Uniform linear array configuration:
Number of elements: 16
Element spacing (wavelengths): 0.25
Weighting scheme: uniform
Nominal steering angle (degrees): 0
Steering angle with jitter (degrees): -1.202
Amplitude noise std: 0.05
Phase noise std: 0.05

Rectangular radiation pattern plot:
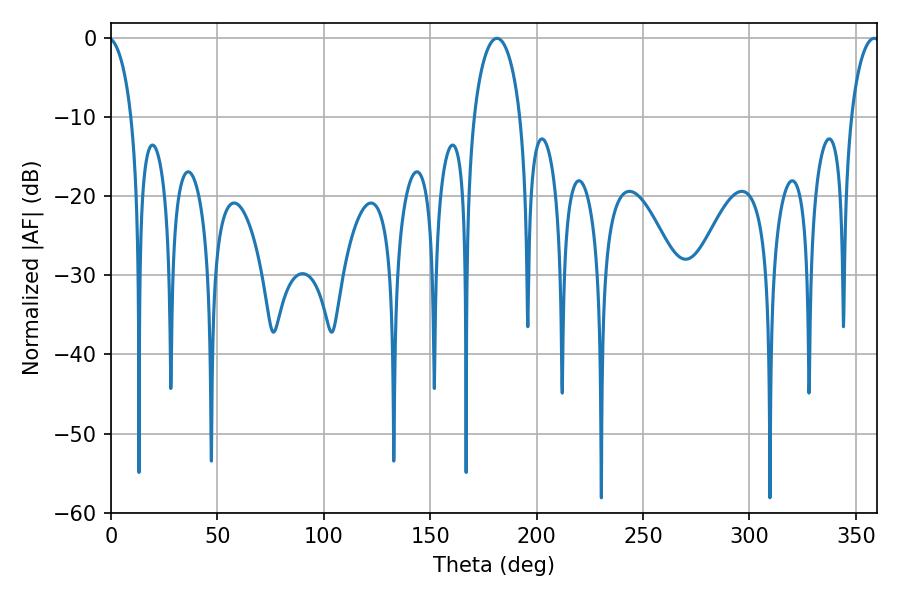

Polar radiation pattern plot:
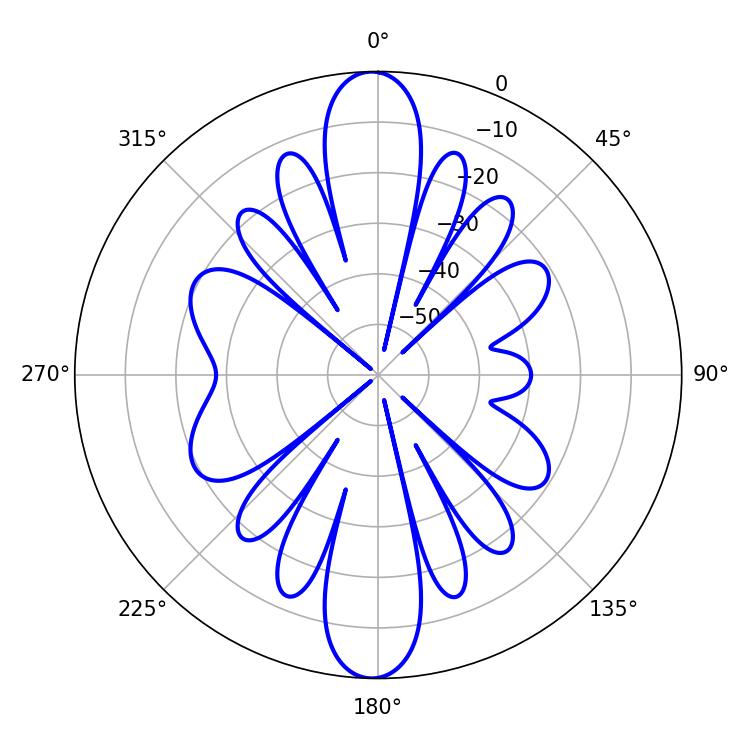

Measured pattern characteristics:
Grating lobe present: FALSE
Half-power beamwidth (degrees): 7.56
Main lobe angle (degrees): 358.56